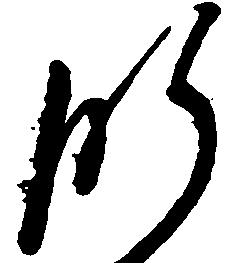
肝